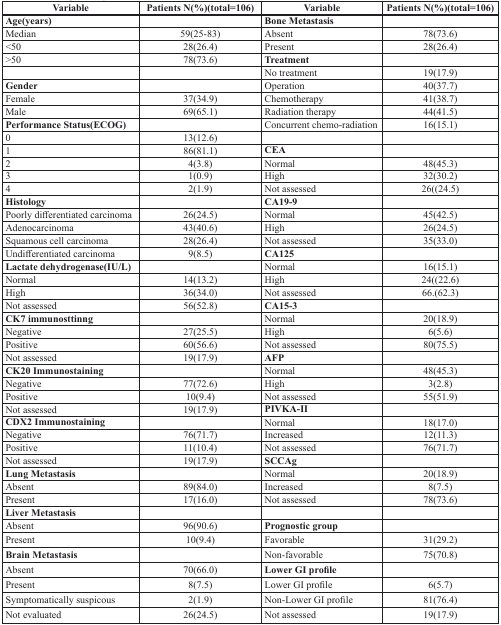
<table><thead><tr><td><b>Variable</b></td><td><b>Patients N(%)(total=106)</b></td><td><b>Variable</b></td><td><b>Patients N(%)(total=106)</b></td></tr></thead><tbody><tr><td><b>Age(years)</b></td><td></td><td><b>Bone Metastasis</b></td><td></td></tr><tr><td>Median</td><td>59(25-83)</td><td>Absent</td><td>78(73.6)</td></tr><tr><td>&lt;50</td><td>28(26.4)</td><td>Present</td><td>28(26.4)</td></tr><tr><td>&gt;50</td><td>78(73.6)</td><td><b>Treatment</b></td><td></td></tr><tr><td></td><td></td><td>No treatment</td><td>19(17.9)</td></tr><tr><td><b>Gender</b></td><td></td><td>Operation</td><td>40(37.7)</td></tr><tr><td>Female</td><td>37(34.9)</td><td>Chemotherapy</td><td>41(38.7)</td></tr><tr><td>Male</td><td>69(65.1)</td><td>Radiation therapy</td><td>44(41.5)</td></tr><tr><td><b>Performance Status(ECOG)</b></td><td></td><td>Concurrent chemo-radiation</td><td>16(15.1)</td></tr><tr><td>0</td><td>13(12.6)</td><td></td><td></td></tr><tr><td>1</td><td>86(81.1)</td><td><b>CEA</b></td><td></td></tr><tr><td>2</td><td>4(3.8)</td><td>Normal</td><td>48(45.3)</td></tr><tr><td>3</td><td>1(0.9)</td><td>High</td><td>32(30.2)</td></tr><tr><td>4</td><td>2(1.9)</td><td>Not assessed</td><td>26((24.5)</td></tr><tr><td><b>Histology</b></td><td></td><td><b>CA19-9</b></td><td></td></tr><tr><td>Poorly differentiated carcinoma</td><td>26(24.5)</td><td>Normal</td><td>45(42.5)</td></tr><tr><td>Adenocarcinoma</td><td>43(40.6)</td><td>High</td><td>26(24.5)</td></tr><tr><td>Squamous cell carcinoma</td><td>28(26.4)</td><td>Not assessed</td><td>35(33.0)</td></tr><tr><td>Undifferentiated carcinoma</td><td>9(8.5)</td><td><b>CA125</b></td><td></td></tr><tr><td><b>Lactate dehydrogenase(IU/L)</b></td><td></td><td>Normal</td><td>16(15.1)</td></tr><tr><td>Normal</td><td>14(13.2)</td><td>High</td><td>24((22.6)</td></tr><tr><td>High</td><td>36(34.0)</td><td>Not assessed</td><td>66.(62.3)</td></tr><tr><td>Not assessed</td><td>56(52.8)</td><td><b>CA15-3</b></td><td></td></tr><tr><td><b>CK7 immunosttinng</b></td><td></td><td>Normal</td><td>20(18.9)</td></tr><tr><td>Negative</td><td>27(25.5)</td><td>High</td><td>6(5.6)</td></tr><tr><td>Positive</td><td>60(56.6)</td><td>Not assessed</td><td>80(75.5)</td></tr><tr><td>Not assessed</td><td>19(17.9)</td><td><b>AFP</b></td><td></td></tr><tr><td><b>CK20 Immunostaining</b></td><td></td><td>Normal</td><td>48(45.3)</td></tr><tr><td>Negative</td><td>77(72.6)</td><td>High</td><td>3(2.8)</td></tr><tr><td>Positive</td><td>10(9.4)</td><td>Not assessed</td><td>55(51.9)</td></tr><tr><td>Not assessed</td><td>19(17.9)</td><td><b>PIVKA-II</b></td><td></td></tr><tr><td><b>CDX2 Immunostaining</b></td><td></td><td>Normal</td><td>18(17.0)</td></tr><tr><td>Negative</td><td>76(71.7)</td><td>Increased</td><td>12(11.3)</td></tr><tr><td>Positive</td><td>11(10.4)</td><td>Not assessed</td><td>76(71.7)</td></tr><tr><td>Not assessed</td><td>19(17.9)</td><td><b>SCCAg</b></td><td></td></tr><tr><td><b>Lung Metastasis</b></td><td></td><td>Normal</td><td>20(18.9)</td></tr><tr><td>Absent</td><td>89(84.0)</td><td>Increased</td><td>8(7.5)</td></tr><tr><td>Present</td><td>17(16.0)</td><td>Not assessed</td><td>78(73.6)</td></tr><tr><td><b>Liver Metastasis</b></td><td></td><td></td><td></td></tr><tr><td>Absent</td><td>96(90.6)</td><td><b>Prognostic group</b></td><td></td></tr><tr><td>Present</td><td>10(9.4)</td><td>Favorable</td><td>31(29.2)</td></tr><tr><td><b>Brain Metastasis</b></td><td></td><td>Non-favorable</td><td>75(70.8)</td></tr><tr><td>Absent</td><td>70(66.0)</td><td><b>Lower GI profile</b></td><td></td></tr><tr><td>Present</td><td>8(7.5)</td><td>Lower GI profile</td><td>6(5.7)</td></tr><tr><td>Symptomatically suspicous</td><td>2(1.9)</td><td>Non-Lower GI profile</td><td>81(76.4)</td></tr><tr><td>Not evaluated</td><td>26(24.5)</td><td>Not assessed</td><td>19(17.9)</td></tr></tbody></table>